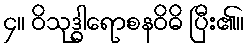
၄။ ဝိသုဒ္ဓါရောစနဝိဓိ ပြီး၏။